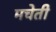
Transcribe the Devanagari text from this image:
मचेती